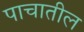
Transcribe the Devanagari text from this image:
पाचातील